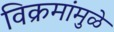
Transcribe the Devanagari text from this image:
विक्रमांमुळे